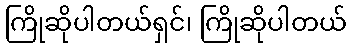
ကြိုဆိုပါတယ်ရှင်၊ ကြိုဆိုပါတယ်